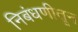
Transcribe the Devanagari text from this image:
निबंधणीतून